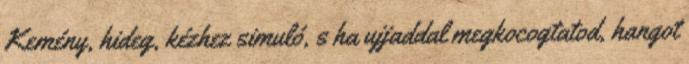
Kemény, hideg, kézhez simuló, s ha ujjaddal megkocogtatod, hangot